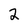
Character: 2